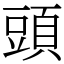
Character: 頭